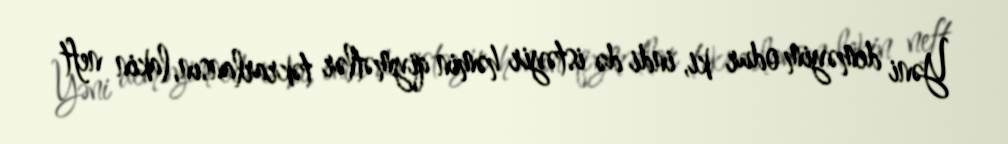
Yəni deməyim odur ki, indi də istəyir həmin qiymətlər təkrarlansın, lakin neft